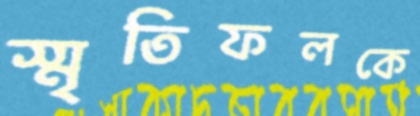
স্মৃতিফলকে